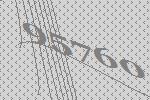
95760